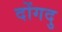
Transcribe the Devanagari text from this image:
दोंगदु